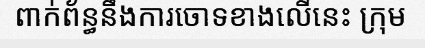
ពាក់ព័ន្ធនឹងការចោទខាងលើនេះ ក្រុម